Medical and sanitary report of the native army of Bengal for the year
Year: 1876
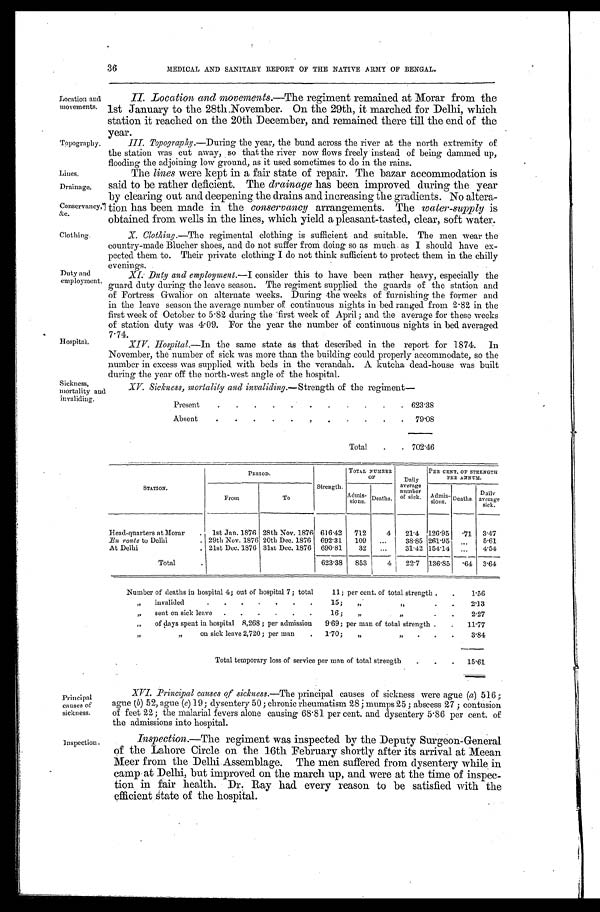
XV. Sickness, mortality and invaliding. —Strength of the regiment—
Present
.
.
.
.
.
.
.
.
.
.
623.38
Absent
.
.
.
.
.
. . . . .
79.08
Total..
702.46
Sickness,
mortality and
invaliding.
36
MEDICAL AND SANITARY REPORT OF THE NATIVE ARMY OF BENGAL.
Location and
movements.
Topography.
Lines.
Drainage.
Conservancy,
&c.
Clothing.
Duty and
employment.
II. Location and movements.— The regiment remained at Morar from the
1st January to the 28th November. On the 29th, it marched for Delhi, which
station it reached on the 20th December, and remained there till the end of the
year.
III. Topography.—During the year, the bund across the river at the north extremity of
the station was cut away, so that the river now flows freely instead of being dammed up,
flooding the adjoining low ground, as it used sometimes to do in the rains.
The lines were kept in a fair state of repair. The bazar accommodation is
said to be rather deficient. The drainage has been improved during the year
by clearing out and deepening the drains and increasing the gradients. No altera-
tion has been made in the conservancy arrangements. The water-supply is
obtained from wells in the lines, which yield a pleasant-tasted, clear, soft water.
X. Clothing.—The regimental clothing is sufficient and suitable. The men wear the
country-made Blucher shoes, and do not suffer from doing so as much as I should have ex-
pected them to. Their private clothing I do not think sufficient to protect them in the chilly
evenings.
XI. Duty and employment. —I consider this to have been rather heavy, especially the
guard duty during the leave season. The regiment supplied the guards of the station and
of Fortress Gwalior on alternate weeks. During the weeks of furnishing the former and
in the leave season the average number of continuous nights in bed ranged from 2.82 in the
first week of October to 5.82 during the first week of April ; and the average for these weeks
of station duty was 4.09. For the year the number of continuous nights in bed averaged
7.74.
Hospital.
XIV. Hospital. —In the same state as that described in the report for 1874. In
November, the number of sick was more than the building could properly accommodate, so the
number in excess was supplied with beds in the verandah. A kutcha dead-house was built
during the year off the north-west angle of the hospital.
STATION.
PERIOD.
Strength.
TOTAL NUMBER
OF
Daily
average
number
of sick.
PER CENT. OF STRENGTH
PER ANNUM.
From
To
Admis-
sions. Deaths .
Admis-
sions.
Deaths
Daily
average
sick.
Head-quarters at Morar
.
1st Jan. 1876 28th Nov. 1876 616.42
712
4
21.4 126.95
.71
3.47
En route to Delhi
. 29th Nov. 1876 20th Dec. 1876
692.31
109
...
38.85 261.95
. . . 5.61
At Delhi
. 21st Dec. 1876 31st Dec. 1876
690.81
32
...
31.42 154. 14
...
4.54
T o t a l .
623.38
853
4
2 2 . 7 136 . 85
. 6 4 3.64
Number of deaths in hospital 4; out of hospital 7; total
11; per cent. of total strength .
.
1.56
„
invalided
. . . . . . .
15;
„ „
.
.
2 . 1 3
,,
sent on sick leave
.
.
.
.
.
.
16 ;
„
„
.
.
2.27
„
of days spent in hospital 8,268 ; per admission
9.69; per man of total strength . .
11.77
,,
,,
on sick leave 2,720 ; per man
.
1.70;
„ „
.
.
3.84
Total temporary loss of service per man of total strength
.
.
.
15.61
Principal
causes of
sickness.
XV I. Principal causes of sickness. —The principal causes of sickness were ague (a) 516;
ague (b) 52, ague (c) 19; dysentery 50; chronic rheumatism 28; mumps 25 ; abscess 27 ; contusion
of feet 22; the malarial fevers alone causing 68.81 per cent, and dysentery 5.86 per cent. of
the admissions into hospital.
Inspection .
Inspection.—The regiment was inspected by the Deputy Surgeon-General
of the Lahore Circle on the 16th February shortly after its arrival at Meean
Meer from the Delhi Assemblage. The men suffered from dysentery while in
camp at Delhi, but improved on the march up, and were at the time of inspec
-tion in fair health. Dr. Ray had every reason to be satisfied with the
efficient state of the hospital.